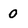
Character: 0